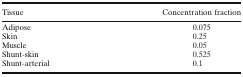
| Tissue | Concentration fraction |
 | --- | --- |
 | Adipose | 0.075 |
 | Skin | 0.25 |
 | Muscle | 0.05 |
 | Shunt-skin | 0.525 |
 | Shunt-arterial | 0.1 |